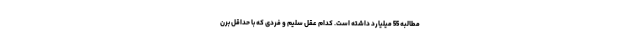
مطالبه 55 میلیارد داشته است. کدام عقل سلیم و فردی که با حداقل برن